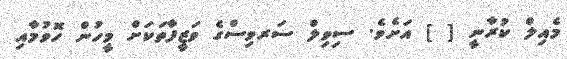
މެއިލް ކުރާނީ [ ] އަށެވެ. ސިވިލް ސަރވިސްގެ ވަޒީފާތަކަށް މީހުން ހޮވުމާއި